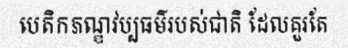
បេតិកភណ្ឌវប្បធម៌របស់ជាតិ ដែលគួរតែ